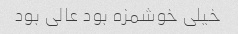
خیلی خوشمزه بود عالی بود